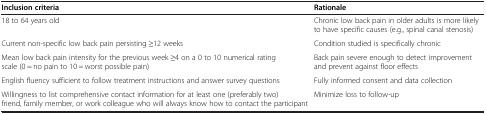
| Inclusion criteria | Rationale |
 | --- | --- |
 | 18 to 64 years old | Chronic low back pain in older adults is more likely to have specific causes (e.g., spinal canal stenosis) |
 | Current non-specific low back pain persisting ≥12 weeks | Condition studied is specifically chronic |
 | Mean low back pain intensity for the previous week ≥4 on a 0 to 10 numerical rating scale (0 = no pain to 10 = worst possible pain) | Back pain severe enough to detect improvement and prevent against floor effects |
 | English fluency sufficient to follow treatment instructions and answer survey questions | Fully informed consent and data collection |
 | Willingness to list comprehensive contact information for at least one (preferably two) friend, family member, or work colleague who will always know how to contact the participant | Minimize loss to follow-up |